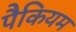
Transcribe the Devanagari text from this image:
पैकियम